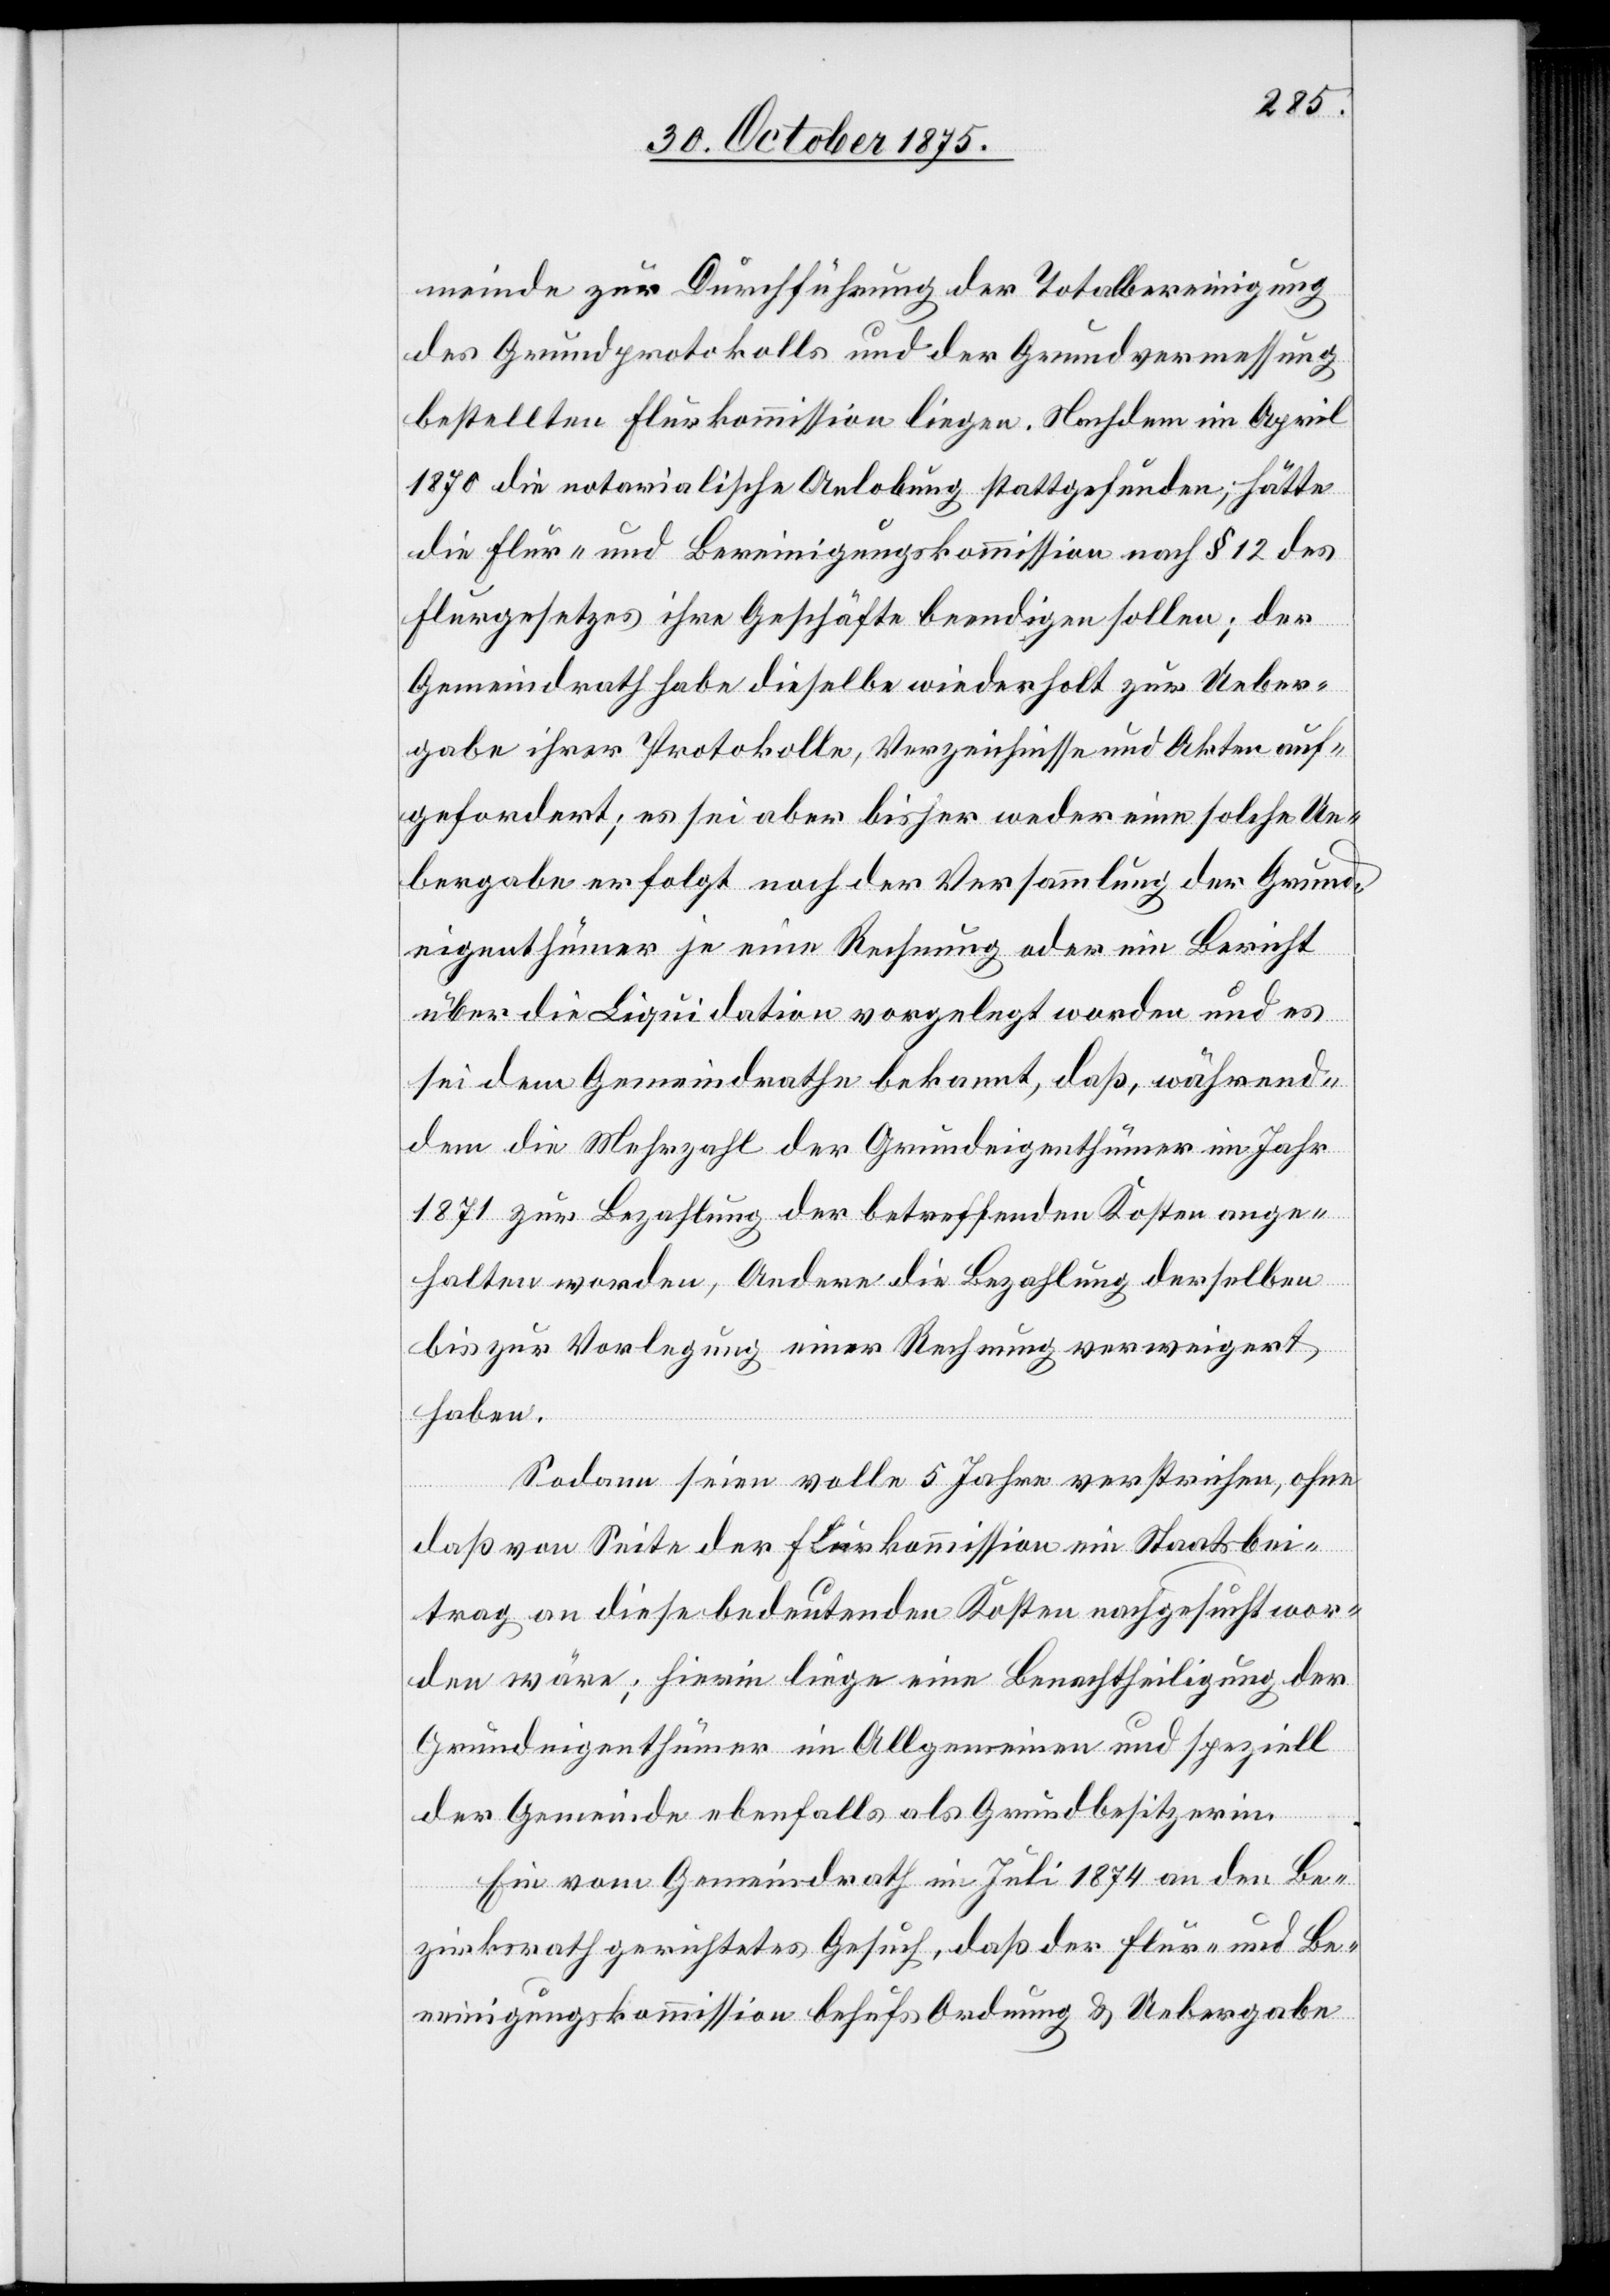
meinde zur Durchführung der Totalbereinigung
des Grundprotokolls und der Grundvermessung
bestellten Flurkommission liegen. Nachdem im April
1870 die notarialische Anlobung stattgefunden, hätte
die Flur- und Bereinigungskommission nach § 12 des
Flurgesetzes ihre Geschäfte beendigen sollen; der
Gemeindrath habe dieselbe wiederholt zur Ueber¬
gabe ihrer Protokolle, Verzeichnisse und Akten auf¬
gefordert; es sei aber bisher weder eine solche Ue¬
bergabe erfolgt noch der Versammlung der Grund¬
eigenthümer je eine Rechnung oder ein Bericht
über die Liquidation vorgelegt worden und es
sei dem Gemeindrathe bekannt, daß, während¬
dem die Mehrzahl der Grundeigenthümer im Jahr
1871 zur Bezahlung der betreffenden Kosten ange¬
halten worden, Andere die Bezahlung derselben
bis zur Vorlegung einer Rechnung verweigert
haben.
Sodann seien volle 5 Jahre verstrichen, ohne
daß von Seite der Flurkommission ein Staatsbei¬
trag an diese bedeutenden Kosten nachgesucht wor¬
den wäre; hierin liege eine Benachtheiligung der
Grundeigenthümer im Allgemeinen und speziell
der Gemeinde ebenfalls als Grundbesitzerin.
Ein vom Gemeindrath im Juli 1874 an den Be¬
zirksrath gerichtetes Gesuch, daß der Flur- und Be¬
reinigungskommission behufs Ordnung & Uebergabe